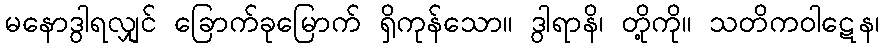
မနောဒွါရလျှင် ခြောက်ခုမြောက် ရှိကုန်သော။ ဒွါရာနိ၊ တို့ကို။ သတိကဝါဋေန၊